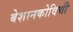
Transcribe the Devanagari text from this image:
बेशानकोविची